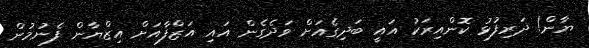
ޔާން! ދަރިފުޅު ކޮންއިރަކު އައީ ބަދިގެއަށް ވަދެގެން އައި އަޒްފާއަށް އިޒްޔާން ފެނުމުން